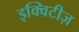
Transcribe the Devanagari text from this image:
इक्विटीज़